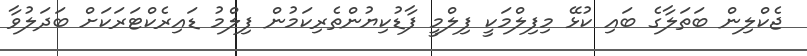
ޖެކްލިން ބަތަލާގެ ބައި ކުޅޭ މިފިލްމަކީ ފިލްމީ ފާޑުކިޔުންތެރިކަމުން ފިލްމު ޑައިރެކްޓަރަކަށް ބަދަލުވާ